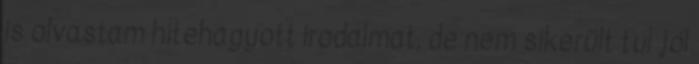
is olvastam hitehagyott irodalmat, de nem sikerült túl jól